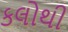
કલોથી